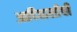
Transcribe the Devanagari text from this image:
आदिवासीची